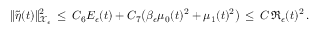
\| \tilde { \eta } ( t ) \| _ { \mathcal { X } _ { \epsilon } } ^ { 2 } \, \le \, C _ { 6 } E _ { \epsilon } ( t ) + C _ { 7 } \bigl ( \beta _ { \epsilon } \mu _ { 0 } ( t ) ^ { 2 } + \mu _ { 1 } ( t ) ^ { 2 } \bigr ) \, \le \, C \, \mathfrak { R } _ { \epsilon } ( t ) ^ { 2 } \, .